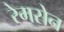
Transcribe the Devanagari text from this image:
रेमसेन